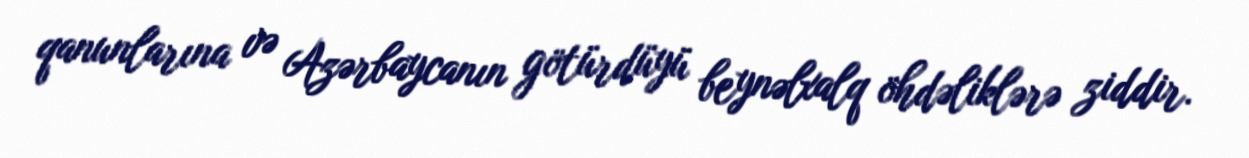
qanunlarına və Azərbaycanın götürdüyü beynəlxalq öhdəliklərə ziddir.